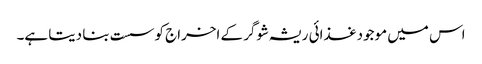
اس میں موجود غذائی ریشہ شوگر کے اخراج کو سست بنا دیتا ہے۔